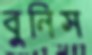
বুনিস